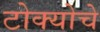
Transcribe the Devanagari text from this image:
टोक्योचे